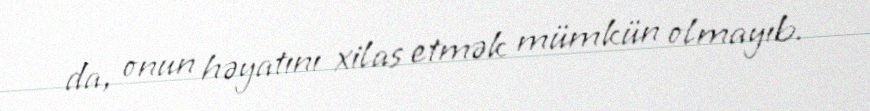
da, onun həyatını xilas etmək mümkün olmayıb.